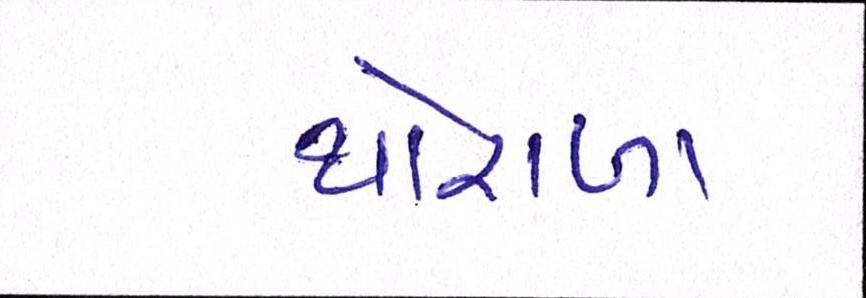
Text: થોરાળા